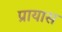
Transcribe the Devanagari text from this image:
प्रायास